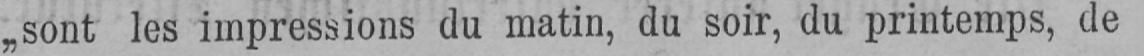
„sont les impressions du matin, du soir, du printemps, de